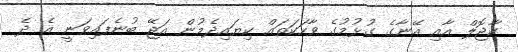
ކާޖޮލް އާއި އޭނާގެ ގުޅުމުގެ ވާހަކަތައް ކިޔައިދެމުން އަޖޭ ބުނެފައިވަނީ އެ ދެ